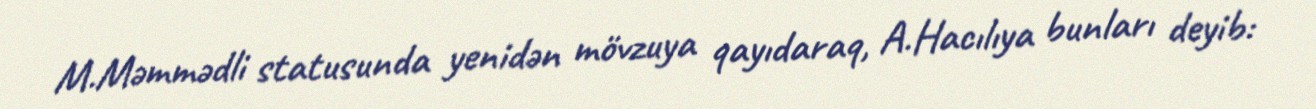
M.Məmmədli statusunda yenidən mövzuya qayıdaraq, A.Hacılıya bunları deyib: